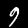
Label: 9